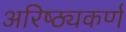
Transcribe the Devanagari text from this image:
अरिष्ठ्यकर्ण